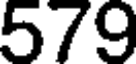
579